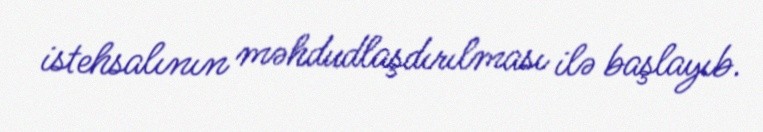
istehsalının məhdudlaşdırılması ilə başlayıb.